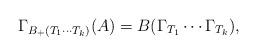
LaTeX: \begin{align*}\Gamma_{B_+(T_1\cdots T_k)}(A) = B(\Gamma_{T_1}\cdots\Gamma_{T_k}),\end{align*}